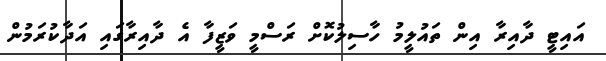
އައިޓީ ދާއިރާ އިން ތައުލީމު ހާސިލުކޮށް ރަސްމީ ވަޒީފާ އެ ދާއިރާގައި އަދާކުރަމުން